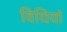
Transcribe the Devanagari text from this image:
विधियॉ